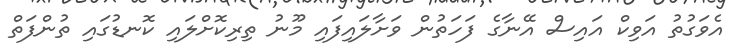
އެވަގުތު އަވިކް އައިސް އޭނާގެ ފަހަތުން ވަށާލައިފައި މޫނު ތިރިކޮށްލައި ކޮނޑުގައި ތުންފަތް